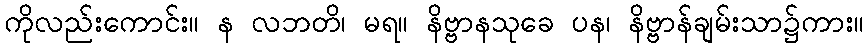
ကိုလည်းကောင်း။ န လဘတိ၊ မရ။ နိဗ္ဗာနသုခေ ပန၊ နိဗ္ဗာန်ချမ်းသာ၌ကား။